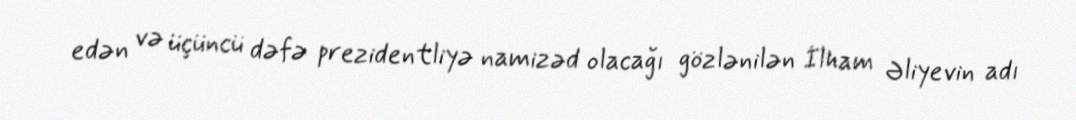
edən və üçüncü dəfə prezidentliyə namizəd olacağı gözlənilən İlham Əliyevin adı